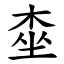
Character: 桽